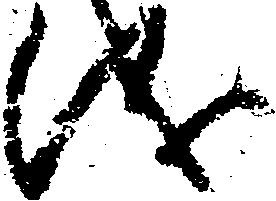
儀